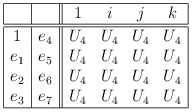
\begin{align*}\begin{array}{|c|c||cccc|}\hline & & 1 & i & j & k \\\hline\hline1 & e_{4} & U_{4} & U_{4} & U_{4} & U_{4} \\e_{1} & e_{5} & U_{4} & U_{4} & U_{4} & U_{4} \\e_{2} & e_{6} & U_{4} & U_{4} & U_{4} & U_{4} \\e_{3} & e_{7} & U_{4} & U_{4} & U_{4} & U_{4} \\\hline\end{array}\end{align*}